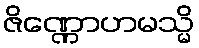
ဇိဏ္ဏောဟမသ္မိ